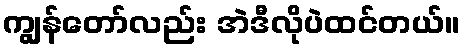
ကျွန်တော်လည်း အဲဒီလိုပဲထင်တယ်။